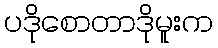
ပဒိုစောတာဒိုမူးက